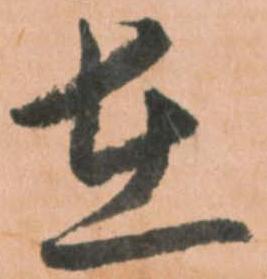
在